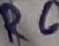
Text: R6